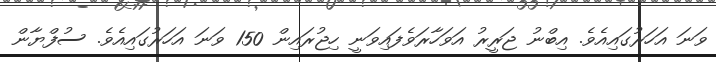
ވަނަ އަހަރުގައިއެވެ. އިބްނު ޖަރީރު އަވަހާރަވެފައިވަނީ ހިޖުރައިން 150 ވަނަ އަހަރުގައިއެވެ. ސުފްޔާން